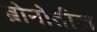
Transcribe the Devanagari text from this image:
ब्रोनोतील